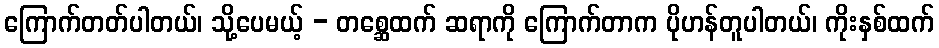
ကြောက်တတ်ပါတယ်၊ သို့ပေမယ့် - တစ္ဆေထက် ဆရာကို ကြောက်တာက ပိုဟန်တူပါတယ်၊ ကိုးနှစ်ထက်